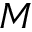
M